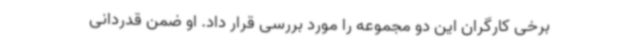
برخی کارگران این دو مجموعه را مورد بررسی قرار داد. او ضمن قدردانی